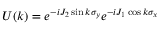
U ( k ) = e ^ { - i J _ { 2 } \sin k \sigma _ { y } } e ^ { - i J _ { 1 } \cos k \sigma _ { x } }